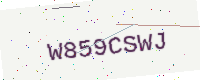
Text: W859CSWJ